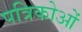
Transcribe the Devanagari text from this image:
पत्रिकोओं